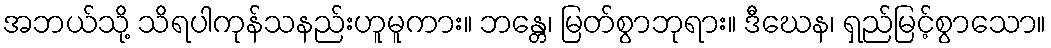
အဘယ်သို့ သိရပါကုန်သနည်းဟူမူကား။ ဘန္တေ၊ မြတ်စွာဘုရား။ ဒီဃေန၊ ရှည်မြင့်စွာသော။